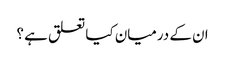
ان کے درمیان کیا تعلق ہے ؟